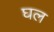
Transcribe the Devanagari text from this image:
घल